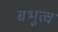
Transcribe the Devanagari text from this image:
बभुत्व